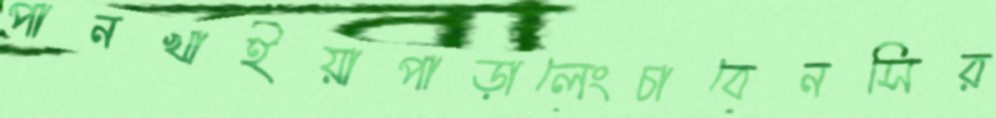
পানখাইয়াপাড়ালেংচাবেনসির